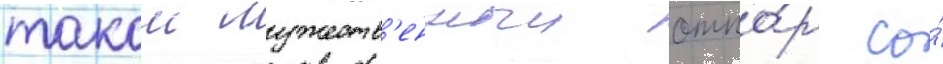
такои мужеств'енныи отпо́р со́